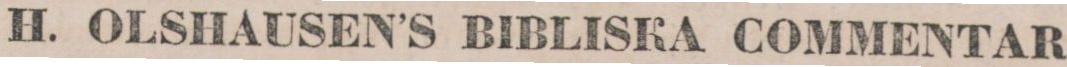
H. OLSHAUSEN’S BIBLISKA COMMENTAR